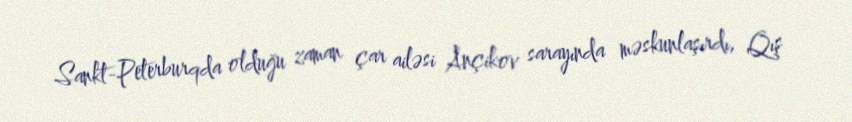
Sankt-Peterburqda olduğu zaman çar ailəsi Ançikov sarayında məskunlaşırdı, Qış